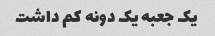
یک جعبه یک دونه کم داشت